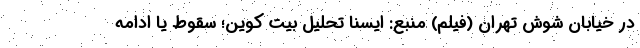
در خیابان شوش تهران (فیلم) منبع: ایسنا تحلیل بیت کوین؛ سقوط یا ادامه